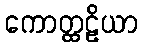
ကောတ္ထဠိယာ